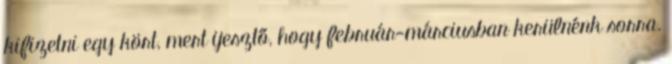
kifizetni egy kört, mert ijesztő, hogy február-márciusban kerülnénk sorra.